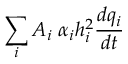
\sum _ { i } A _ { i } \; \alpha _ { i } h _ { i } ^ { 2 } \frac { d q _ { i } } { d t }